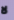
لا